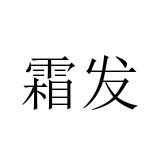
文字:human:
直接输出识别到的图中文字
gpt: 霜发